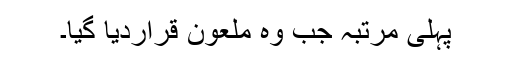
پہلی مرتبہ جب وہ ملعون قراردیا گیا۔